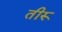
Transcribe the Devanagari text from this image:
तीरू